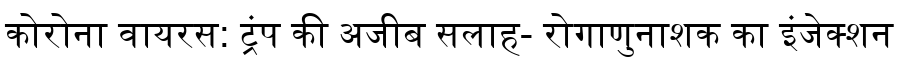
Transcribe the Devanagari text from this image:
कोरोना वायरस: ट्रंप की अजीब सलाह- रोगाणुनाशक का इंजेक्शन